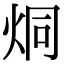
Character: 烔